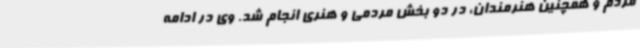
مردم و همچنین هنرمندان، در دو بخش مردمی و هنری انجام شد. وی در ادامه